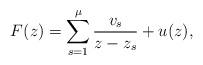
LaTeX: \begin{align*}F(z)=\sum^\mu_{s=1}\frac{v_s}{z-z_s}+u(z),\end{align*}